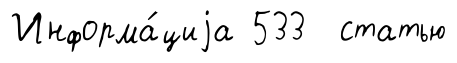
Информа́циjа 533 статью